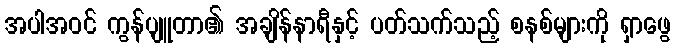
အပါအဝင် ကွန်ပျူတာ၏ အချိန်နာရီနှင့် ပတ်သက်သည့် စနစ်များကို ရှာဖွေ